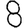
Digit: 8